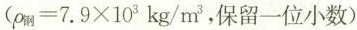
($$p M = 7 . 9 \times 1 0^{3 k g / m^{3}$$，保留一位小数)